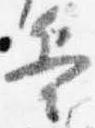
兵